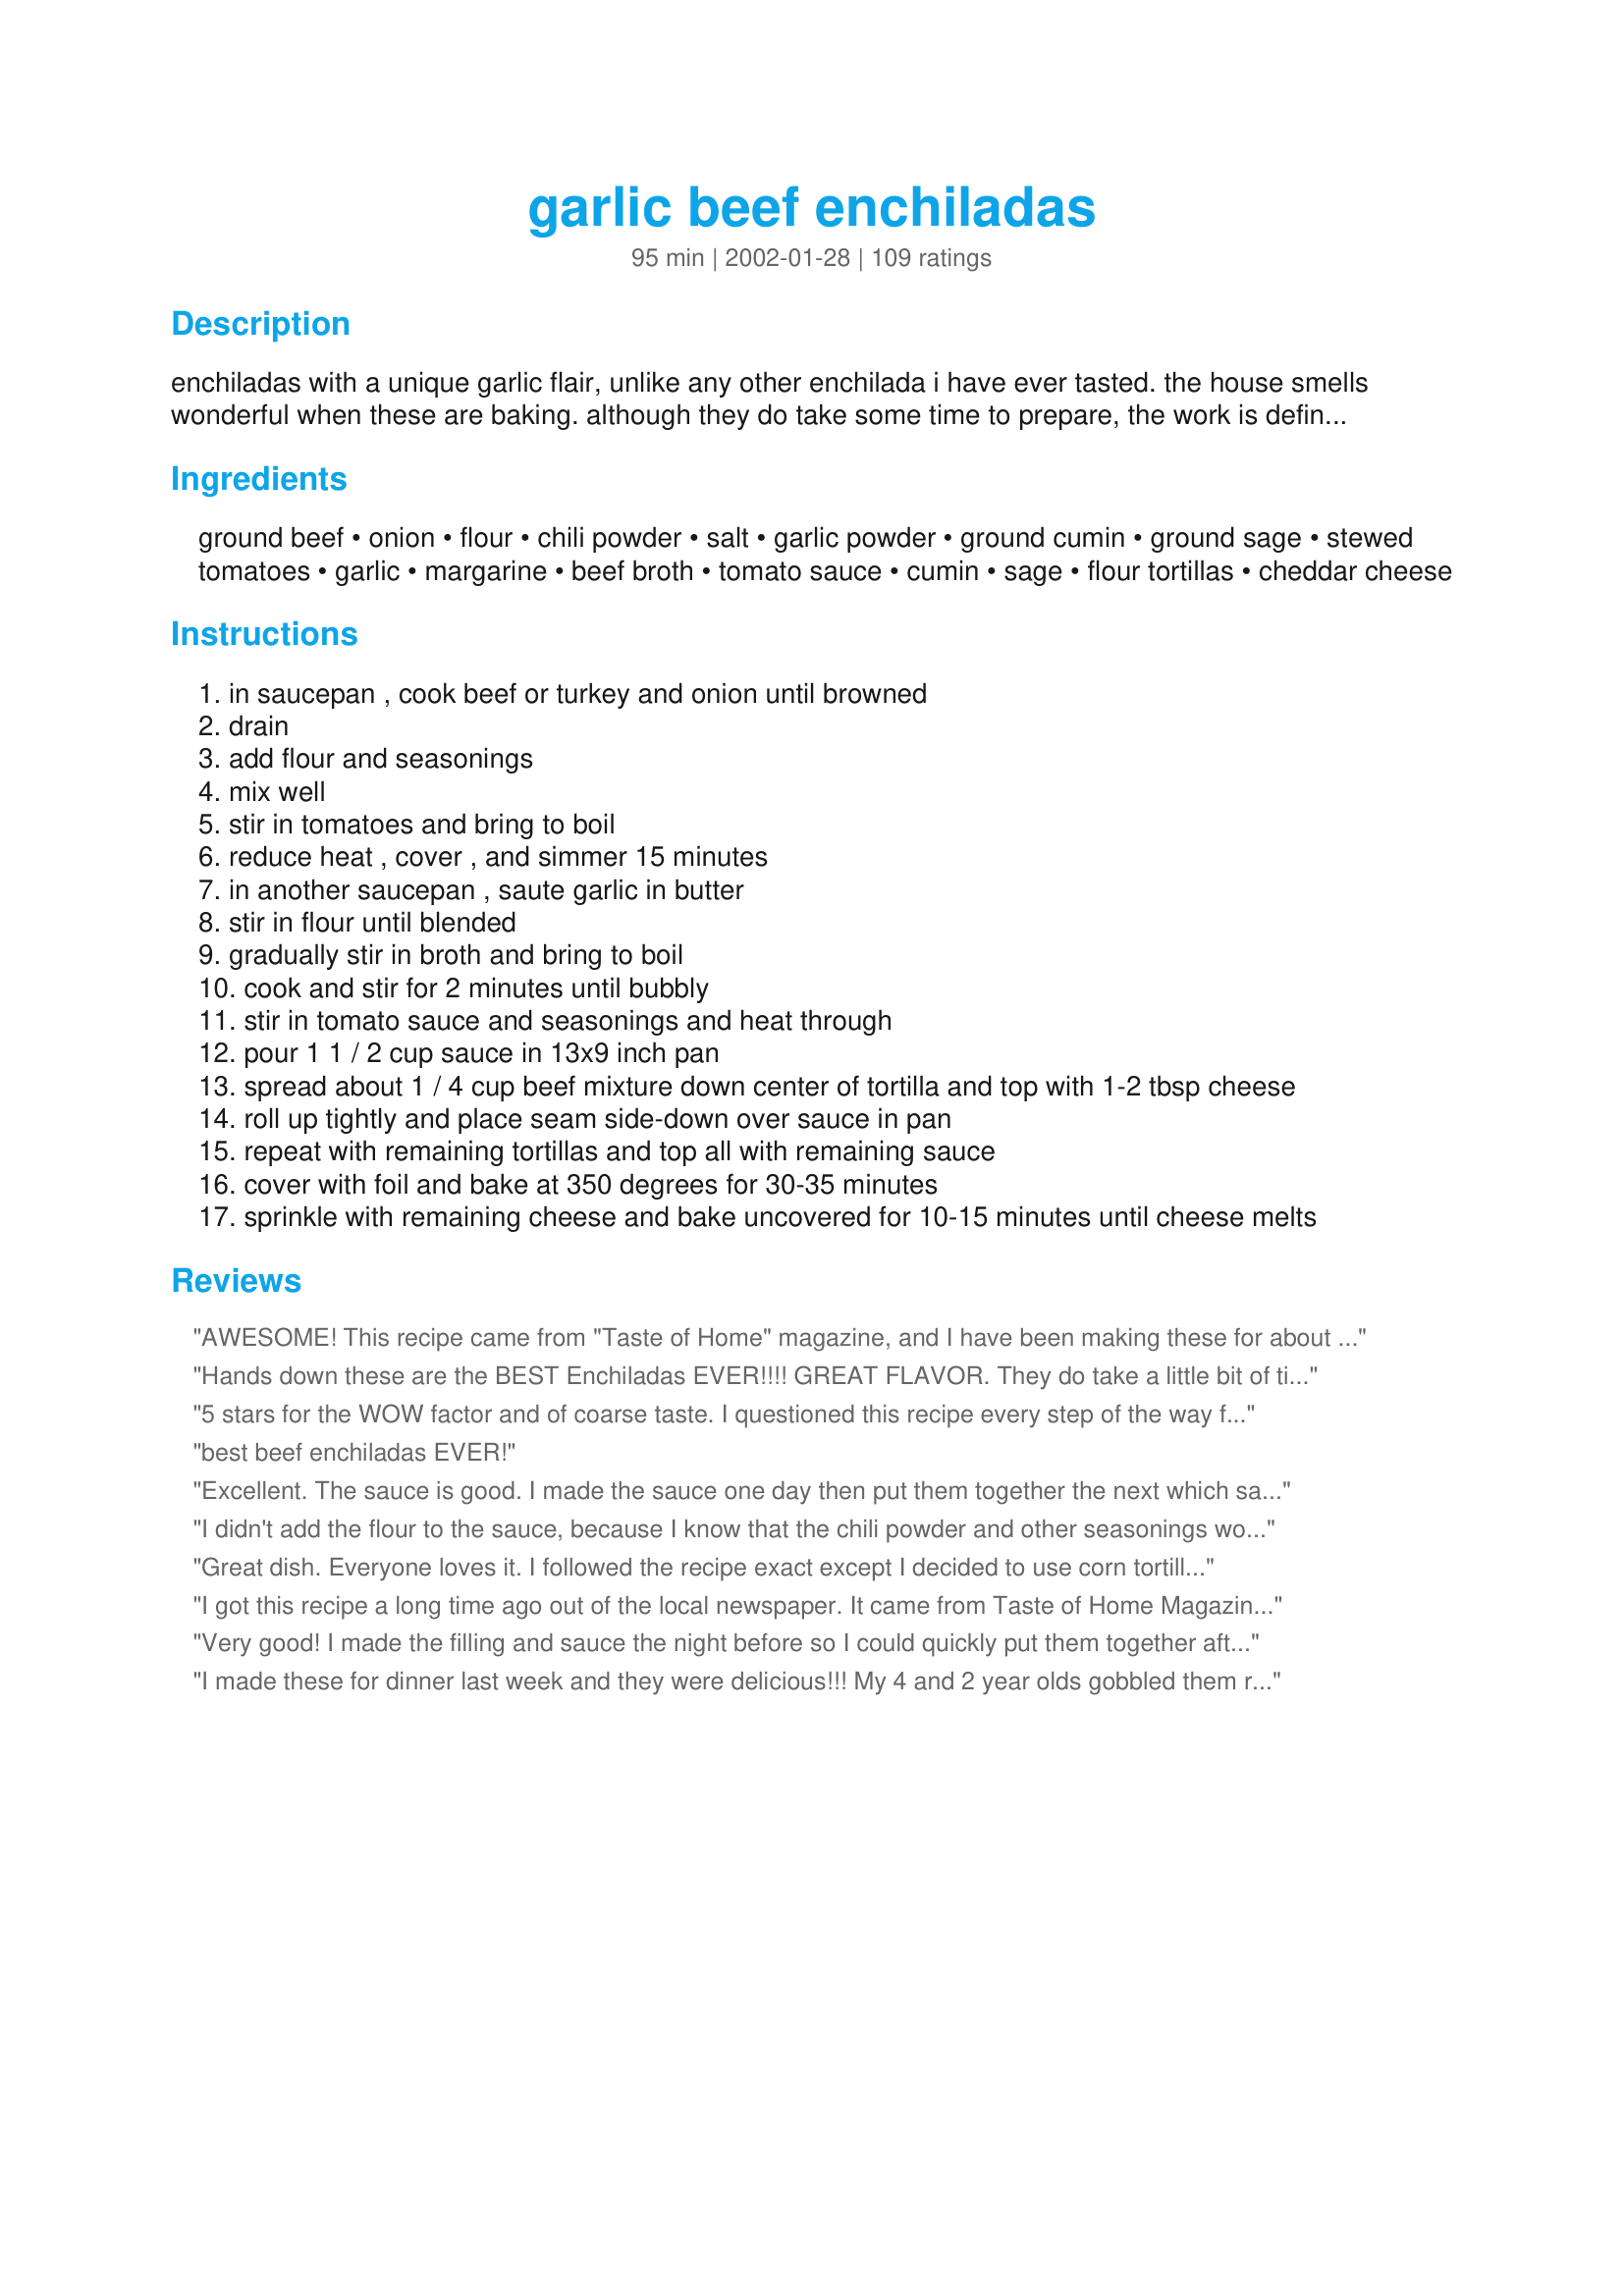
garlic beef enchiladas
Preparation time: 95 minutes

enchiladas with a unique garlic flair, unlike any other enchilada i have ever tasted. the house smells wonderful when these are baking. although they do take some time to prepare, the work is definitely worth the reward! the ingredients are mostly things that you probably already have stocked in the cupboard. (cook time includes stovetop and baking times)

Ingredients:
ground beef, onion, flour, chili powder, salt, garlic powder, ground cumin, ground sage, stewed tomatoes, garlic, margarine, beef broth, tomato sauce, cumin, sage, flour tortillas, cheddar cheese

Steps:
in saucepan , cook beef or turkey and onion until browned
drain
add flour and seasonings
mix well
stir in tomatoes and bring to boil
reduce heat , cover , and simmer 15 minutes
in another saucepan , saute garlic in butter
stir in flour until blended
gradually stir in broth and bring to boil
cook and stir for 2 minutes until bubbly
stir in tomato sauce and seasonings and heat through
pour 1 1 / 2 cup sauce in 13x9 inch pan
spread about 1 / 4 cup beef mixture down center of tortilla and top with 1-2 tbsp cheese
roll up tightly and place seam side-down over sauce in pan
repeat with remaining tortillas and top all with remaining sauce
cover with foil and bake at 350 degrees for 30-35 minutes
sprinkle with remaining cheese and bake uncovered for 10-15 minutes until cheese melts

Reviews:
AWESOME! This recipe came from "Taste of Home" magazine, and I have been making these for about 3 years. They are unique, and I am asked EVERY time, for the recipe. ONE NOTE...I don't add the SALT...there is plenty of flavor going on here, and no need for it!
Hands down these are the BEST Enchiladas EVER!!!! GREAT FLAVOR. They do take a little bit of time but it is well worth it. I did use corn tortillas because I do think they taste better for an enchilada.I did use a can of diced tomatoes and not the stewed, we just don't like the taste of them. Served them with home made refried beans and Green Cilantro Rice (108262). My DH says this is now one of his favorite meals. Thanks Manda for sharing such a Fantastic recipe!! I highly recommend these :)
5 stars for the WOW factor and of coarse taste. I questioned this recipe every step of the way for one reason or another and then I took that first bite and said Wow! Very good and I'm glad I tried these. I prepared exactly as written. I made the filling and the sauce in the morning and refrigerated. When I was ready to prepare dinner I warmed the sauce and filling a little, before assembling them. I made 6 large enchiladas and baked them for 40 minuets before adding the cheese and then baked the additional 15 minutes. We each had one and can't wait for the leftovers tonight. All recipes picky DS loves are 5 stars and golden. Thanks for posting Manda!
best beef enchiladas EVER!
Excellent. The sauce is good. I made the sauce one day then put them together the next which saved time. I have used canned sauce and it just is not as good as these. Delicious and worth the effort.
I didn't add the flour to the sauce, because I know that the chili powder and other seasonings would thicken the sauce up enough and I was right.. the sauce is great without it! These are delicious, and I will definately make these again, the kids loved them.. I garnished them with chopped green onions, jalapenos and black olives.. thanks!
Great dish. Everyone loves it. I followed the recipe exact except I decided to use corn tortillas instead of flour. After rolling them up, I sprinkle some extra cheese on top, bake it for 15 minutes in 350 oven then garnish with some cilantro and chopped scallions. To Die For!! Thank you for sharing your recipe.
I got this recipe a long time ago out of the local newspaper. It came from Taste of Home Magazine & was a prize wining dish from a woman named Jennifer Standridge in Dallas Georgia. They are THE BEST enchiladas I have EVER had. Today I was looking for a recipe to use up some ground beef & I'm glad I came across this again. Thanks for the reminder Manda looking forward to making these tonight!!
Very good! I made the filling and sauce the night before so I could quickly put them together after work. Just warmed them up a little in the microwave and had to add a little extra broth to the sauce. Thank-you!
I made these for dinner last week and they were delicious!!! My 4 and 2 year olds gobbled them right up! And, it makes a lot too! My family of 4 ate on them for dinner for three days! I made these exactly according to the recipe except instead of flour tortillas I used corn tortillas. We enjoyed these very much and I will definately make again!!!
These are fantastic! Everyone in my family loved them!
These are the best enchiladas I've ever meade, I absolutely LOVE them! I will probably add some veggies in the future but it is great as is. Thank you so much for sharing.
These enchiladas were wonderful! I was not sure how the sauce would turn out but it was so creamy and the flavour was amazing, I used 6 garlic cloves.
It didn't take me that long to make them, and it was very easy, I would suggest you try these, they are delicious.
I made these for dinner last night and they were a big hit! I used 3 cloves of garlic in the beef filling instead of the garlic powder and olive oil rather than the margarine. Also used 5 cloves of crushed garlic in the sauce and omitted the garlic powder. This made enough to fill 10 fajita-sized flour tortillas and then some. The next time I'll use corn tortillas because we prefer their flavor and baked texture rather than the flour, which did tend to get mushy. Thanks for sharing this yummy recipe!
These are time consuming, but they sure are worth it! They don't last long at our house!
Very yummy!!
I started to post this 
recipe but saw it was already posted. This is my DIL's favorite mexican dish. She wants it about every time she eats at my house. Great dish. Thanks for posting. 


These were easy to make and tasted good. The filling was great and I loved the thickness of the sauce. The garlic was a little overpowering for us, but that's just us. (They are called "GARLIC" enchiladas afterall). If we make them again, we will scale back on the garlic by about 1/2. Thanks for posting. :-)
My family loved these, and they are always a hit at gatherings. I have been making them since they first appeared in Taste of Home years ago.
These were sooooo good! I made the both the filling and the sauce early in the day and put them together right before baking them. I had to stop myself from constantly tasting the filling because it was just so good. The only thing I didn't add was the sage (didn't have any) and I used a can of chopped tomatoes. I also added about 6 oz. of sausage meat to the mix because I didn't have a full pound of beef. I made six. I had one (they were filling) and my stepson ate three! He took the remaining two for lunch today. Can't wait to make these again for the hubby! Thanks Manda!
These Enchiladas were positively delicious and the sauce was so flavorful and creamy! I'll definitely be making these again.
Thanks Manda for this great recipe.
I must say, these were so yummy. The inlaws loved them (mexican food is not overly common where I live). Only change I made was I was using left over taco meat so I omitted the spices in the beef. (also I use a very hot chili powder so I reduced the amount used to 2 tsp and they were still very spicy, but good) They are definitely a keeper, thanks for sharing!
Lots of flavor. We loved it and will have it again soon.
Time consuming, but worth it!
This is my all-time favorite recipe! The flavors combine so well with the sage, cumin, and chili powder. The sage is something I've started putting in a lot of my Mexican dishes and it just enhances the flavors so well! This is a very, very rich-tasting recipe so watch out! Yummy! Thanks for posting and sharing!
Delicious! I used lean ground turkey and my family loved it.
good meal, it was my first time trying something mexican, and this turned out well! i liked the sauce; very flavourful. the only thing is that this dish is really rich and filling, half an enchilada and i am beyond satiated with the dish. thank you for a great recipe anyway.
These were exceptional in flavor, but I found the sauce to be a bit thicker than I like for enchiladas. Next time I think I will try these with corn tortillas instead of four; they were a bit more like burritoes than enchiladas. Yum!
This is by far the best enchilada recipe I have ever tried. It's perfect, nothing needs to be changed! I have been searching for a good one for a while now, and you definitely hit the target! Thank you!
I am not an enchilada person, but my husband and kids absolutely loved these! I used ground beef but I think I will try the turkey next time for a more healthy alternative. A must try!
My DH amd I really liked the flavor of these enchildas... i used flour tortillas and we thought they were too wet and mushy..Next time I will try corn tortillas..
These were very good enchiladas. We enjoyed them very much, thank you:)
These are delicious!! The only change I made was not use garlic powder, I didn't have any and just added a bit more garlic. LOL! The smell of this while it's in the oven could drive you nuts!! Thank you!
This is a great recipe that I first got from an old Taste of Home magazine. We love the garlic flavor (I think I usually use 4 cloves in the sauce so it won't be too overpowering for the kids. I also use ground turkey instead of beef and sometimes use the 2% cheddar cheese to lighten it up a bit. Thanks for posting! : )
We thought we had died and gone to heaven! The sauce had an absolutely wonderful rich flavor to it. Yes it took 1 1/2 hour from start to table, but was it worth it? YES! Very filling. My seven year-old ask, "Can we have these every night?"
My family loved these enchiladas! I thought they had a great flavor, but the flour tortillas were a little gummy. I will definitely be making these again, but I think I will experiment and use corn tortillas, instead of flour next time. Thanks for a great recipe!!!
Thanks for the wonderful recipe. The enchiladas were awesome and so flavorful and so easy to make. I ended up using left over pulled pork I had and my hubby said it was better than going to our favorite Mexican restaurant. I didn't have sage but we didn't miss it. We replaced the flour tortillas for corn.
Truly wonderful enchiladas! I just realized that I forgot to add the flour to the meat mixture, but it definitely did not have any sort of negative effect because these were the most wonderful enchiladas I've ever tasted. I was looking for a recipe where I could make my own sauce rather than using pre-made, canned stuff and this recipe was perfect. Thanks so much!! We added a bit of hot sauce and cayenne to the meat. We topped with sour cream, lettuce, tomatoes, cilantro and lime wedges.
Thanks again!!
Very good recipe. Love the chili powder kick. I followed this recipe to make some turkey enchiladas and brought them to a picnic in the park. Every one loved these so much! Will definitely make them again.
This was the first recipe I added to my cookbook well over a year ago... I cannot believe I waited so long to make them! We loved them and they were even more yummy as leftovers. I took the advice of others and made the sauce that morning and refrigerated it until that evening so the spices could combine. My husband was actually craving them again a week or two later - that NEVER happens with things I cook for him! Thanks Manda.
Very tasty dish! I used corn tortillas, since that's what we prefer for enchiladas. Served up with Recipe #257508. Sprinkled the top with a few chopped scallions for garnish. Better than eating out! :)
I loved the flavor in this recipe. The filling in the enchiladas is excellent. I did add 2 seeded & diced jalapenos to the mix for a little heat. I did have a problem with the sauce being to thick, and added another cup of beef broth. I was a little hesitant to use the sage, but am glad I did. It really doesn't distract from the flavors at all. I also used the corn tortillas I had on hand to roll the enchiladas. This was a terrific meal and one I will repeat. Thanks for sharing your recipe!
I agree with the other reviews. This is WONDERFUL! There is a huge difference between making these from scratch and using canned sauce, ect. I'll make these again but just not a lot due to the high fat content. Just thinking about it makes me want to eat them again;)! Thanks Manda for sharing.
Made this and served it to our guests this evening and it was a hit! My husband looked at the recipe while I was making it and said that it looked like WAY too much garlic. So, to suit him, I cut the garlic in half, and it turned out great. Didn't have any sage on hand, so I substututed Thyme, which worked out fine. Also had to substitue some Chipotle Chili Pepper for some of the Chili Powder because I ran out of Chili Powder while making this. Left out the onion too (also to suit my husband.) I doubled the recipe, and it made one 9x13 pan full of enchiladas. Served with buttered corn.
UPDATE: changing to 5 stars after leaving out the salt - perfect! ORIGINAL REVIEW: Very nice dinner, not too much work at all! Served with salad and lite sour cream; I halved the recipe and it made 3 good size servings. Note to any Aussies trying this: the chilli seasoning we get here is already salty enough - you really don't need to add more salt, the end dish was quite salty. I'd probably add some real chilli powder to the mix next time to spice it up a bit. Thanks for posting your great recipe!
I have been making this recipe from Taste of Home for at least 4-5 years. It is a big family favorite! I make the Chi-Chi's Sweet Corn Cake to go along as a side dish. Lots of carbs, but its a once in a while special meal.
These enchiladas were simply diVINE. We LOVED THEM!!! You said they took time to prepare, but really it was pretty simple and WOW. Next time I make chicken enchiladas I am definately making this sauce with chicken broth. Thanks a lot. Great recipe that will be used often.
This was a bit of work, but the sauce is so delicious! This will be made again for sure at my house. Thanks for sharing.
These are excellent, especially the sauce. Got this recipe from Taste of Home a few years back and my family loves them.
These are very rich and delicious! I'm thrilled that I was able to make enchiladas here in Japan. All the ingredients were easy to find except the tortillas, but I finally found a package of a dozen frozen 6.5 inch flour tortillas and used them all. Thank you very much for this recipe.
I've been making this recipe for a long time, it's in one of my cookbooks. They're the BEST enchiladas ever! They are really fattening, so I only make them once in a while, but if I could, I'd eat them at least once a week.
These were delicious! Thank you for such a great recipe!
One reviewer commented they didn't like the thick sauce--that is exactly what we DID like! Thanks for explicit directions, Manda--the enchiladas turned out perfect, and you can be sure this recipe will be made again.
What else can one add to the reviews. I thouroughly enjoyed these, however gave it only 4 stars as the sauce is much thicker (or pastier as one reviewer said) than I would have liked. I will definitely make these again, bit will add a little more beef broth and a little less flour next time. Used homemade thick tortillas and it was very good! Thanks for sharing!
These are really good. I made them last night for our dinner and we enjoyed them very much. We especially liked the sauce. No more canned for us. Thankyou for sharing this yummy recipe with us.
These had a very good "authentic" flavor, and weren't that difficult to make. Thanks for the great recipe!!
The only enchilada recipe I've made since finding it in the April/May 1999 issue of TOH. This is the recipe that convinced DH that there is a place for cheese in food & that eating chili powder can be pleasant. The original recipe states that it feeds 4-6 but I can usually feed 6-8 on it. Don't let the long ingredient list scare you. To save time I usually take two small bowls or measuring cups & pre-measure the spices for the enchiladas & the sauce all at once. Then beside each bowl I place the canned or other ingredients needed with those spices. I was going to post this recipe because my original clipping is rapidly disappearing... almost as fast as a pan of these enchiladas will!
I made these for a birthday party. They were a hit! Friends asked me for the recipe and were surprised about the amount of garlic used for this yummy enchiladas.
Great recipe, we added some rice to stretch the meat filling. great edition!! we used home made wheat flour tortillas...will make again!
Really delicious! I just paired this up with a salad but next time (and there WILL be a next time), I'll make some spanish rice and a black bean salad as well. Definately worth the effort. Made exactly as written and were very much enjoyed by my whole family and a couple of stray teenagers that always seem to find their way home with my teenager LOL Thanks for the recipe!
This was very good. I used diced canned tomatoes. Next time I will add a bit of cayenne to add a little heat to the spice. Will definitely make again.
This was very good. I used ground turkey instead of beef. I had trouble with the sauce in that it never got really smooth, but this was still very satisfying with a side of brown rice. Thanks for the posting!
These were great ... made them just as stated and used corn tortillas. If you warm them in the microwave first, they don't break up when you roll them. The only change I will make next time is to use turkey instead of beef. I think you could easily substitute any kind of meat and these would be good.
This is the BEST beef enchilada recipe I have tried bar none. The filling was very well seasoned and I liked adding cheese over the filling before you roll up the enchilada. That was a great idea. The sauce had awesome flavor too. This recipe was time consuming but is was more than worth it. Thanks Manda.
Just average. The sauce taste like the sauce in a can which is not a bad thing because now I can make my own sauce and not worry about what is in it. The filling however, is just not right. I agree with another reviewer that I won't use stewed tomatoes next time. Infact, I don't know if I would use tomatoes at all. Sorry this just isn't the best recipie.
Update. Ok I still don't like the filling for these enchiladas however the sauce is perfect. I won't ever buy a can of sauce again.
This was my first time at making beef enchiladas and this was very nice. My husband really enjoyed the flavor of the sauce. :)
When I first made this I thought it was alright, but then as I had continued to eat the left overs I liked it less and less. I followed everything according to the recipe except I used Vegetable broth instead of beef broth. I thought that the chili powder flavoring was overwhelming and it wasn't a very complex blending of flavors as I would have liked, it just tasted like chili powder broth. Ugh. I don't plan on making this again, the search continues for a good beef enchilada recipe.
I thought these were good, but not good enough to make again. The beef part was good, but the sauce was average and my son couldn't deal with the texture of the flour tortillas. But everyone's tastes are different.
WOW!! These were absolutely delicious. The filling was perfect, although I did add a small can of green chili's to it. The sauce had such a nice consistency and tasted wonderful. These are by far the best I've ever had. DH has already decided leftovers are for lunch tomorrow!!! Thanks for a keeper.
My family loved these, and thought the sauce was really good. They're easy to put together, too. I tried veggie crumbles instead of beef, and that works just as well.
I've made these b4 and they are really good! Great recipe!
If I tried to make these again, I'd add more chili powder and cumin, as these flavors get lost in the beef, tomato and cheese flavor. It tasted more like an Italian dish than Mexican.
Found this recipe years ago and make it about once a month for my family of 6. Have also made it for Pot lucks and family gatherings...Everyone loves it!
I loved the sauce, but felt the filling could've been punched up, and I think it would benefit form the addition of some beans, maybe. Or a bit of tomato sauce. I did add a little more chili powder & cumin to the sauce, but the cooking method for the garlic - it just really brings out a great, mellow flavor. I will definitely make the sauce again, and probably play around with the filling :)
BRAVO................these enchiladas were so good,my son thinks they are better than the resturant....i almost added more seasoningi'm glad i didn't yours was enough and so very filling after eating 2.this receipe is a must to try.and the plus is it's easy.I hope u have 1 for chicken.....Thanks Manda, for a outstanding receipe
These are really good, real good flavor. My hubby loves beef enchiladas, but I've never tried to make them myself. I've made his family recipe for chili enchiladas, but not beef. The only problem was they totally fell apart when we took them out of the pan, so it was more like a casserole then enchiladas. Instead of flour tortillas I used corn tortillas, I knew he would prefer the corn tortillas over flour. I fried them in oil to soften them some. And since I can only find small tortillas at my store they were really over stuffed. All in all we liked them.
My Dad makes really tasty enchiladas, but they take all day to make. We gave this recipe a taste and they were delicious. My Dad's are still my favorite, but these come in a close 2nd. The only thing I added was some green onions on top before baking, it was so tasty. I would definitely add a touch of sour cream too! Thanks for posting!
I was quite disappointed with this recipe. I found the sauce way too thick and I could easily taste that it had been thickened with flour, which I'm not fond of. I used old, somewhat reduced crushed tomatoes and possibly that was part of the problem. If I was to make it again, I'd probably make a few changes, but I've already got 2 enchilada recipes that we love, so it's unlikely that I'll bother. Maybe the leftovers will be better. Sometimes it works that way.
Excellent recipe!!! I loved the garlic aroma. It was actually very easy to make and wasn't long from oven to table.
Very good -- used corn tortillas instead. I've had trouble with soggy flour tortillas in casseroles. Corn tortillas do want to break a bit - but the're going to be smothered in sauce and cheese anyway -so no worries! I also added a tsp or so of cilantro -cuz we love it -(it's in alot of the food you get at the restaurant Chipotle) to both the sauce and the beef filling. I agree that you should make the sauce ahead of time - I made it in the a.m. and fridged it til I put the rest of it together in the eve. Otherwise - fabulous basic recipe!!
This is a delicious recipe, and I have made this as written often. One day, though, I wanted to make this for a vegetarian friend and adapted the recipe. Instead of using ground beef or turkey,, I used 1 can black beans, drained and rinsed, 2 cups cooked brown rice, 1 cup frozen golden whole kernal corn, and 1 small can diced green chilies (mild), drained. Cooked the onion in 2 Tbsp. of butter until soft, and then added everthing else, including all the ingredients in the original beef/tukey version. Followed original recipe from there (except substituted vegetarian broth for beef broth), and the vegetarian recipe was just as delicious!!
AWWW MAN Slap me silly . These are just like what my maw maw made Ohh thank you for posting so much now i can brag
These taste just like homemade using a can sauce. If you are ever out of your regular sauce, you will be very pleased with this recipe. I am still looking for a "restaurant style" beef enchilada recipe. The kind you get in those little Mexican restaurants in Texas!!
This was awesome! I forgot to buy chili powder, but had burrito seasoning on hand so I used it in place of the chili powder to brown the beef. Also, I used ground seasonings for both the meat and sauce. I added jalapenos for a spicier version. EXCELLENT!!!
These were very good, but next time I'll make a few changes. For me, the stewed tomatoes gave this dish a slight sweetness that I didn't particularly care for. Next time, I'll use Ro-tel instead, as I think it would add a better flavor and it doesn't contain sugar the way the stewed tomatoes do. I did add a can of green chiles, which I will definitely do again. The only other change I made was to reduce the flour in the sauce to 1/3 cup. I will definitely make these again.
Delish! They took a little time but it was fairly easy and totally worth it. I was a little afraid of the sauce because it looked so thick but after baking it and eating it I'm totally converted. This recpe will definitley be used again. The only changes I made was that I added some salsa to the beef and next time I think I'll add some corn. Thanks for sharing!
This recipe was wonderful. My boyfriend and I made it together and it was pretty quick and easy. We added a can of green chiles to both the meet mixture and the sauce (1/2 can for each), and I replaced part of the tomato sauce with a can of enchilada sauce. The tweaks were awesome. I just finished off my third plate of leftovers and can't wait to make some more...
Made these for the first time with leftovers from 'Pete's own southwest roast'...never have tasted a better enchilada sauce. So easy and so good. It's a keeper for sure. Thank for sharing!!!
I had to give this 3 stars, because we liked it, just didn't 'love' it. I followed the recipe, but the sauce turned out more like a paste and the filling was FAR too liquified to be able to wrap properly. The quantities seemed a bit off as well, especially for 10 large tortillas. Definitley likable though. Thanks!
I followed other recommendations and made the sauce ahead of time. I will be using this recipe for some time.
We really liked the flavor of these and the house did smell wonderful while they were cooking! I thought the sauce was a little thick, but DH thought it was fine I do think next time I'll cut back on the flour a bit. I used diced tomatoes instead of of stewed and corn tortillas instead of flour. I had a a bit of trouble with the sauce - it was a little lumpy, but it was fine after baking. Based on other reviews, I'm really looking forward to trying the leftovers tomorrow! Thanks for posting!
delicious, made it with leftover cooked turkey. A winner!
Delicious! Kids loved it too!
This recipe is definitely 5 stars! I added some green chilies and cayenne pepper to it and it was awesome! My DH cleaned his plate and couldn't believe how good they were. We will definitely add this our book of favorites! Thanks for posting it.
What a wonderful recipe. My wife and I often go out for Mexican food and she stated that this is the best enchilada she has ever had period. Believe it or not my brother-in-law ate 4 of them at one sitting. I will definetely make this again.
The garlic was so overpowering on this dish that it left me sick for a couple of days afterwards :-( It was one of the easier and quicker enchilada dishes I had prepared so I was disappointed!
I have this recipe from Tast of Home as well. Amazing!
Wish I could give this more than 5 stars! This was wickedly good! And simple to make too! I modified a couple things because we are a bit fussy. lol I pureed the tomatoes (we dont like chunks) and I sauted the onion and pureed it and then added it to the meat to cook together (again with the chunks). Best we have EVER had!
I used to make this recipe a lot. Due to the high calorie/fat content I do not make it anymore, but I have fond memories of many good meals and leftovers.
These are AWESOME! Making enchiladas is very time consuming, but this recipe makes it worth the effort. The seasonings are perfect. The only thing we changed was using lightly fried corn tortillas rather than flour.
Great enchiladas. I did add black beans and salsa verde that I had open but these were great.<br/>Used hardly any cheese but may add more next time. I made half the filling but all of the sauce so that I can do it quicker next time.
I was going to give this recipe 4 stars. DH liked them, DS's liked them and I thought they were okay. The problem I had was that I don't like the taste of chili powder and found it to be overpowering in this recipe. Then I had the leftovers the next day. WHOA!!! 5 stars all the way!!! If you let the sauce sit overnight and the flavors blend it becomes AMAZING!! The chili powder calms down and the cumin comes out, making these the best enchiladas I've ever had. Another plus is the detailed instructions and the fact that I had every ingredient in my pantry. I will most definitely be making these again but from now on, I will make the sauce a day ahead of time to let the flavors blend, then re-heat it when I assemble the enchiladas. Thanks for the great recipe!!!
These were wonderful...I made them exactly as stated, but used diced tomatoes instead of stewed. They came out wonderful...will put in our favorite recipes.
I too have made these many times from the TOH cookbook. I love how smooth the enchilada sauce tastes! Thanks for posting this favorite! PS - I usu use corn tortillas.
This is excellent! Husband and sons approved. This is very easy to prepare and has a wonderful flavor. Thanks for posting this. It is in my cookbook now!
I first discovered this recipe in "Taste of Home" cooking magazine a while back and it is one of those recipes that my husband asks me to make for him. Don't let all the ingredients scare you it is overall an easy recipe to make. I usually use less salt than called for. It makes a large pan and these are hearty enchiladas.
These really did make the house smell amazing! We used corn tortillas and ground turkey, but besides that we followed the recipe and they were sooo good! I've always just bought the canned enchilada sauce and this was way better!
my family really enjoyed this.However I think my chili powder was way too hot .It was still devoured and I will make this again but use a milder chili powder!!! thank you for recipe!
These were great. I was skeptical about the sauce while I was making it, but it turned out wonderful and very creamy.
